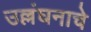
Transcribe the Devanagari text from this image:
उल्लंघनाचे